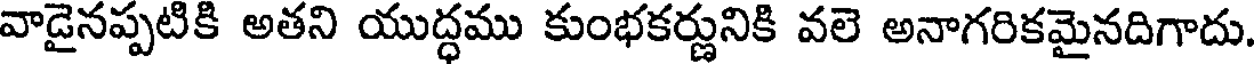
వాడైనప్పటికి అతని యుద్ధము కుంభకర్ణునికి వలె అనాగరికమైనదిగాదు.